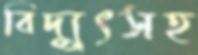
বিদ্যুৎসহ